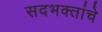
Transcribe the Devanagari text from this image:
सदभक्तांचे